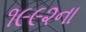
૧૯૯૨ના